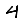
Digit: 4